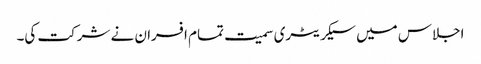
اجلاس میں سیکریٹری سمیت تمام افسران نے شرکت کی۔